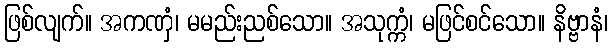
ဖြစ်လျက်။ အကဏှံ၊ မမည်းညစ်သော။ အသုက္ကံ၊ မဖြင်စင်သော။ နိဗ္ဗာနံ၊